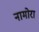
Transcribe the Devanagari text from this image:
नामोरा